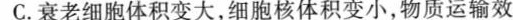
C.衰老细胞体积变大，细胞核体积变小，物质运输效